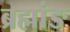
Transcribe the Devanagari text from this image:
ब्रह्मांङ